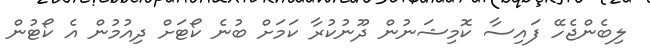
ލިބެންޖެހޭ ފައިސާ ކޮމިޝަނުން ދޫނުކުރާ ކަމަށް ބުނެ ކޯޓަށް ދިއުމުން އެ ކޯޓުން